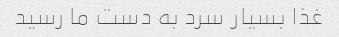
غذا بسیار سرد به دست ما رسید